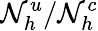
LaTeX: \mathcal{N}_{h}^{u}/\mathcal{N}_{h}^{c}